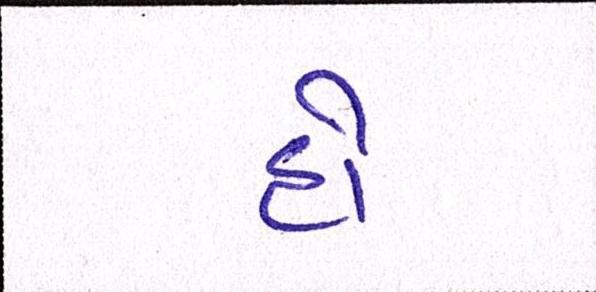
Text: હો